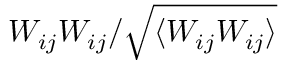
W _ { i j } W _ { i j } / \sqrt { \langle W _ { i j } W _ { i j } \rangle }